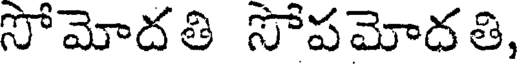
సోమోదతి సోపమోదతి,